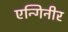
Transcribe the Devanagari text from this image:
एन्गिनीर